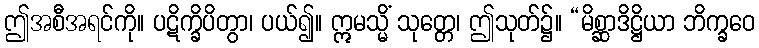
ဤအစီအရင်ကို။ ပဋိက္ခိပိတွာ၊ ပယ်၍။ ဣမသ္မိံ သုတ္တေ၊ ဤသုတ်၌။ “မိစ္ဆာဒိဋ္ဌိယာ ဘိက္ခဝေ